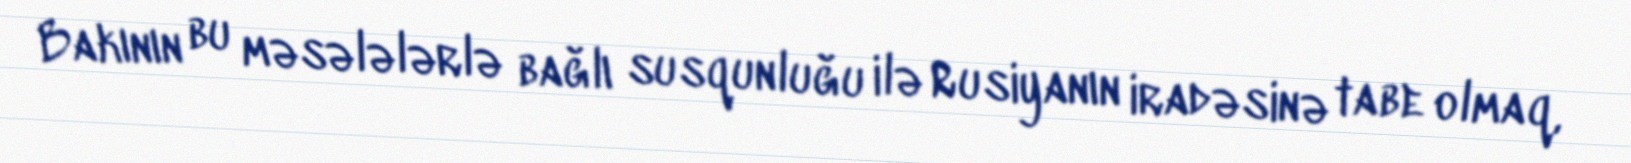
Bakının bu məsələlərlə bağlı susqunluğu ilə Rusiyanın iradəsinə tabe olmaq,